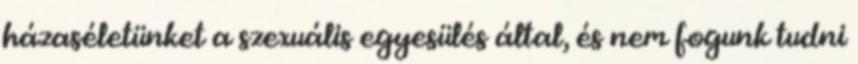
házaséletünket a szexuális egyesülés által, és nem fogunk tudni